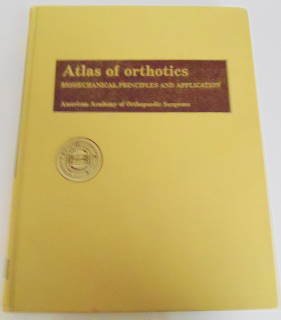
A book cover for Atlas of Orthotics: Biomechanical Principles and Application; American Academy of Orthopaedic Surgeons (AAOS); Medical Books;